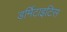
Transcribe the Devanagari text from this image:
डर्मिटाइटिस